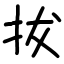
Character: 拔